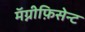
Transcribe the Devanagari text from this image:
मॅग्नीफ़िसेन्ट